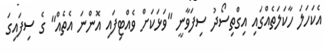
އެކަހަލަ ހާކަލަތެއްގައި އިގްތިސޯދު ސިފަވާނީ "ވަޅަކަށް ވެއްޓިފައި އޮންނަ އެތެއް" ގެ ސިފައިގަ